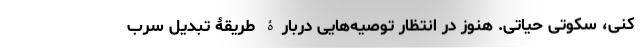
کنی، سکوتی حیاتی. هنوز در انتظارِ توصیه‌هایی دربارۀ طریقۀ تبدیل سُرب